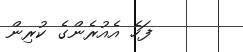
ފަހެ އެއުރެންގެ ކުރިން